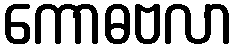
ကောဓဗလာ